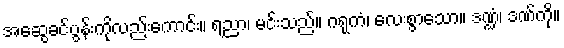
အဆွေခင်ပွန်းကိုလည်းကောင်း။ ရညာ၊ မင်းသည်။ ဂရုကံ၊ လေးစွာသော။ ဒဏ္ဍံ၊ ဒဏ်ကို။